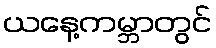
ယနေ့ကမ္ဘာတွင်